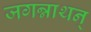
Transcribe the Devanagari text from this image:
जगन्नाथन्